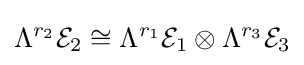
\Lambda ^{r_{2}}{\mathcal {E}}_{2}\cong \Lambda ^{r_{1}}{\mathcal {E}}_{1}\otimes \Lambda ^{r_{3}}{\mathcal {E}}_{3}